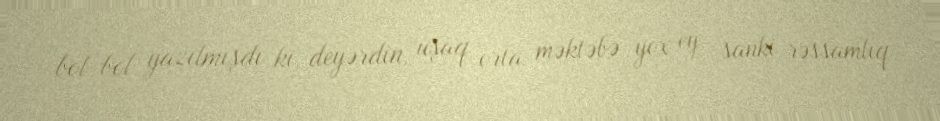
bol-bol yazılmışdı ki, deyərdin, uşaq orta məktəbə yox ey, sanki rəssamlıq